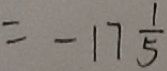
= - 1 7 \frac { 1 } { 5 }